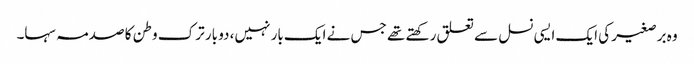
وہ برصغیر کی ایک ایسی نسل سے تعلق رکھتے تھے جس نے ایک بار نہیں، دو بار ترک وطن کا صدمہ سہا۔